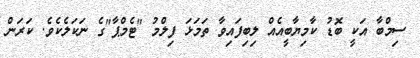
ސިމްބާ އަކީ ބޮޑު ކާމިޔާބީއެއް ލިބިފައިވާ ތަމަޅަ ފިލްމު "ޓެމްޕާ"ގެ ނަކަލެކެވެ. ކަރަން